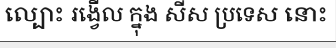
ល្បោះ រង្វើល ក្នុង សីស ប្រទេស នោះ